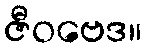
ဇီဝဗေဒ။